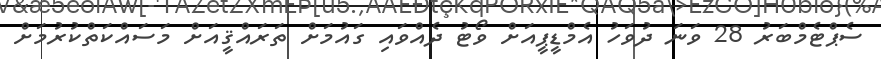
ސެޕްޓެމްބަރު 28 ވަނަ ދުވަހު އެމްޑީޕީއަށް ވޯޓު ދެއްވައި ގައުމަށް ތަރައްޤީއަށް މަސައްކަތްކުރުމަށް